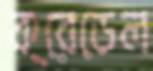
ক্রেডেল